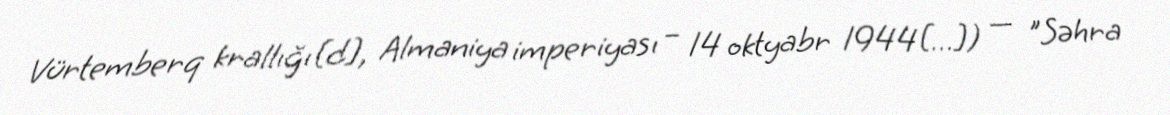
Vürtemberq krallığı[d], Almaniya imperiyası – 14 oktyabr 1944[…]) — "Səhra